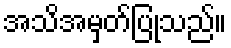
အသိအမှတ်ပြုသည်။